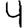
Digit: 4